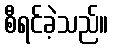
စီရင်ခဲ့သည်။